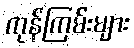
ကုန်ကြမ်းများ